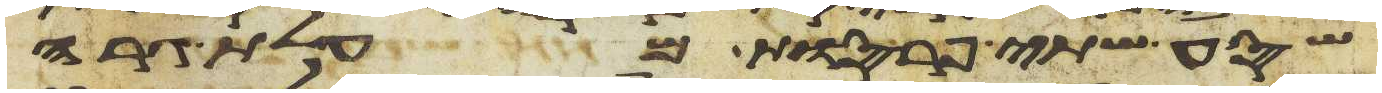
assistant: שסע שתי פרסות מעלות גרה